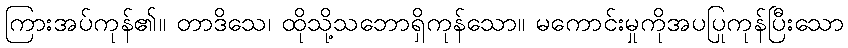
ကြားအပ်ကုန်၏။ တာဒိသေ၊ ထိုသို့သဘောရှိကုန်သော။ မကောင်းမှုကိုအပပြုကုန်ပြီးသော